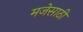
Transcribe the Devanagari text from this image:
मजेसाठी